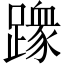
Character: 𫏢